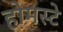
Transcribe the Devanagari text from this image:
होमस्टे